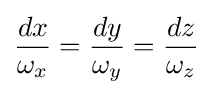
{\frac {dx}{\omega _{x}}}={\frac {dy}{\omega _{y}}}={\frac {dz}{\omega _{z}}}